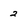
Character: 2